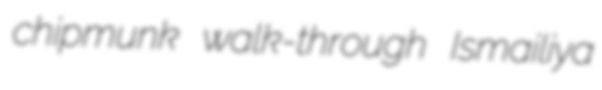
chipmunk walk-through Ismailiya